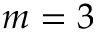
m = 3